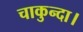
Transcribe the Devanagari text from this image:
चाकुन्दा।